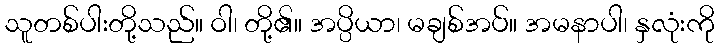
သူတစ်ပါးတို့သည်။ ဝါ၊ တို့၏။ အပ္ပိယာ၊ မချစ်အပ်။ အမနာပါ၊ နှလုံးကို